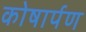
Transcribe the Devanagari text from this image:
कोषार्पण